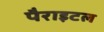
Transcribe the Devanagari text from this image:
पैराइटल